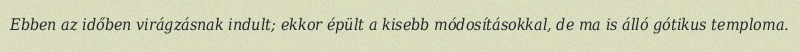
Ebben az időben virágzásnak indult; ekkor épült a kisebb módosításokkal, de ma is álló gótikus temploma.